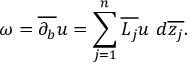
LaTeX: \omega = { \overline { { \partial _ { b } } } } u = \sum _ { j = 1 } ^ { n } { \overline { { L _ { j } } } } u \ d { \overline { { z _ { j } } } } .